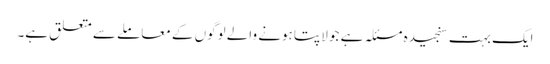
ایک بہت سنجیدہ مسئلہ ہے جو لاپتا ہونے والے لوگوں کے معاملے سے متعلق ہے۔